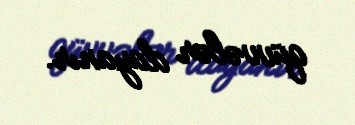
qüvvələr dayanır.